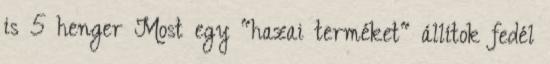
is 5 henger Most egy "hazai terméket" állítok fedél